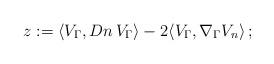
LaTeX: \begin{align*}z:= \langle V_\Gamma , D n \, V_\Gamma \rangle - 2 \langle V_\Gamma , \nabla _\Gamma V_ n\rangle\,;\end{align*}